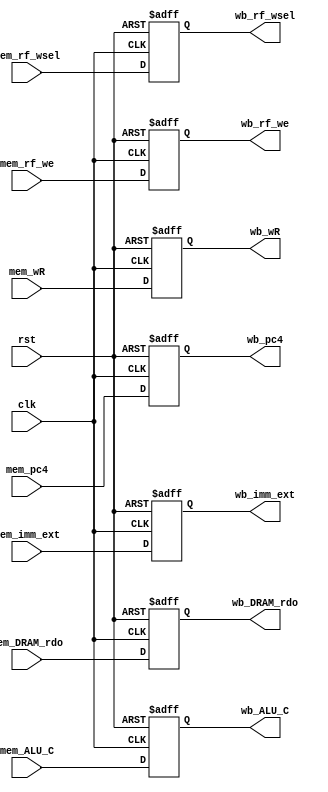
`timescale 1ns/1ps

module MEM_WB (
    input wire clk,
    input wire rst,
    input wire [31:0] mem_pc4,
    input wire mem_rf_we,
    input wire [1:0] mem_rf_wsel,
    input wire [31:0] mem_ALU_C,
    input wire [31:0] mem_DRAM_rdo,
    input wire [4:0] mem_wR,
    input wire [31:0] mem_imm_ext,
    output reg [31:0] wb_pc4,
    output reg wb_rf_we,
    output reg [1:0] wb_rf_wsel,
    output reg [31:0] wb_ALU_C,
    output reg [31:0] wb_DRAM_rdo,
    output reg [4:0] wb_wR,
    output reg [31:0] wb_imm_ext
);

always @(posedge clk or posedge rst) begin
    if (rst)
        wb_pc4 <= 32'b0;
    else
        wb_pc4 <= mem_pc4;
end   

always @(posedge clk or posedge rst) begin
    if (rst)
        wb_rf_we <= 1'b0;
    else
        wb_rf_we <= mem_rf_we;
end

always @(posedge clk or posedge rst) begin
    if (rst)
        wb_rf_wsel <= 2'b0;
    else
        wb_rf_wsel <= mem_rf_wsel;
end

always @(posedge clk or posedge rst) begin
    if (rst)
        wb_ALU_C <= 32'b0;
    else
        wb_ALU_C <= mem_ALU_C;
end

always @(posedge clk or posedge rst) begin
    if (rst)
        wb_DRAM_rdo <= 32'b0;
    else
        wb_DRAM_rdo <= mem_DRAM_rdo;
end

always @(posedge clk or posedge rst) begin
    if (rst)
        wb_wR <= 5'b0;
    else
        wb_wR <= mem_wR;
end

always @(posedge clk or posedge rst) begin
    if (rst)
        wb_imm_ext <= 32'b0;
    else
        wb_imm_ext <= mem_imm_ext;
end

endmodule